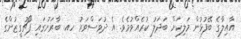
އާއިލާގެ ބޭފުޅުން މަލިކަށް ބަދަލު ކުރެއްވުމެވެ. އެ ދުވަސްވަރު ހއ. ބާރަށުގައި ޕޯޗުގީޒުންގެ